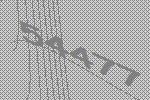
54477